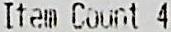
ITEM COUNT 4